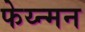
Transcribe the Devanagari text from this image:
फेय्न्मन